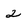
Character: 2